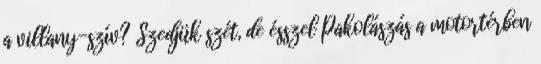
a villany-szív? Szedjük szét, de ésszel Pakolászás a motortérben